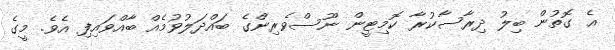
އެ ގޮތުން ބިލު ދިރާސާކުރާ ކޮމިޓީން ނޫސްވެރިންގެ ބައްދަލުވުމެއް ބާއްވައިފި އެވެ. މީގެ